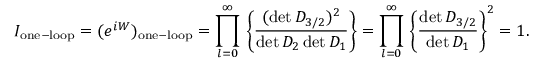
I _ { \mathrm { o n e - l o o p } } = ( e ^ { i W } ) _ { \mathrm { o n e - l o o p } } = \prod _ { l = 0 } ^ { \infty } { } \left\{ { \frac { ( \operatorname * { d e t } { \cal D } _ { 3 / 2 } ) ^ { 2 } } { \operatorname * { d e t } { \cal D } _ { 2 } \operatorname * { d e t } { \cal D } _ { 1 } } } \right\} = \prod _ { l = 0 } ^ { \infty } { } \left\{ { \frac { \operatorname * { d e t } { \cal D } _ { 3 / 2 } } { \operatorname * { d e t } { \cal D } _ { 1 } } } \right\} ^ { 2 } = 1 .